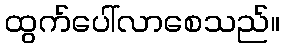
ထွက်ပေါ်လာစေသည်။